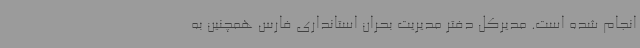
انجام شده است. مدیرکل دفتر مدیریت بحران استانداری فارس همچنین به